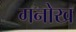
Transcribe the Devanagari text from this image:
गनोख